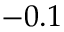
- 0 . 1